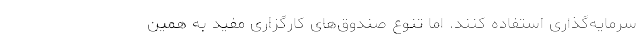
سرمایه‌گذاری استفاده کنند. اما تنوع صندوق‌های کارگزاری مفید به همین